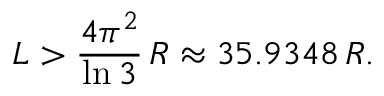
L > { \frac { 4 \pi ^ { 2 } } { \ln { 3 } } } \, R \approx 3 5 . 9 3 4 8 \, R .